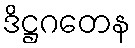
ဒိဋ္ဌဂတေန